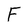
Character: F